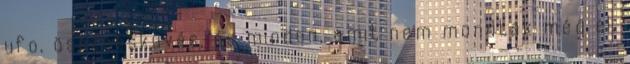
ufo, összeesküvés, és minden, amit nem mondtak még el.